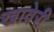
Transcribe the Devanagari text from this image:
खावेरी